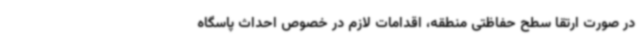
در صورت ارتقا سطح حفاظتی منطقه، اقدامات لازم در خصوص احداث پاسگاه